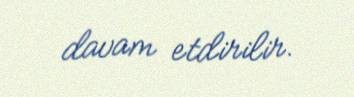
davam etdirilir.